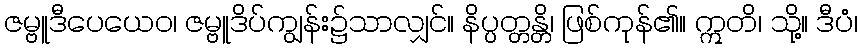
ဇမ္ဗူဒီပေယေဝ၊ ဇမ္ဗူဒိပ်ကျွန်း၌သာလျှင်။ နိပ္ပတ္တန္တိ၊ ဖြစ်ကုန်၏။ ဣတိ၊ သို့။ ဒီပံ၊